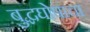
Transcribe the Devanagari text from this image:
बुद्धघोषाचा